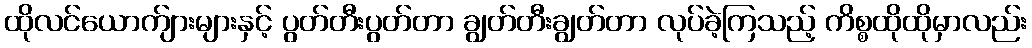
ထိုလင်ယောက်ျားများနှင့် ပွတ်တီးပွတ်တာ ချွတ်တီးချွတ်တာ လုပ်ခဲ့ကြသည့် ကိစ္စထိုထိုမှာလည်း